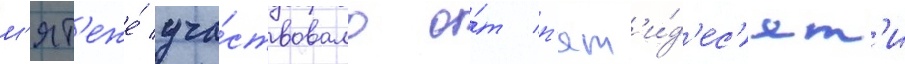
м'ят'еже́ уча́ствовало о́т п'ят'и́д'ес'ят'и